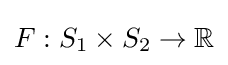
{\textstyle F:S_{1}\times S_{2}\to \mathbb {R} }